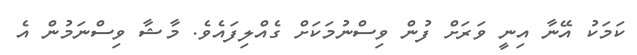
ކަމަކު އޭނާ އިނީ ވަރަށް ފުން ވިސްނުމަކަށް ގެއްލިފައެވެ. މާޝާ ވިސްނަމުން އެ